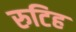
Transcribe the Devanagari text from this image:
रुटिह